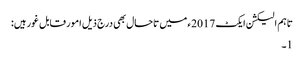
تاہم الیکشن ایکٹ 2017ء میں تاحال بھی درج ذیل امور قابل غور ہیں:
1۔